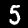
Label: 5